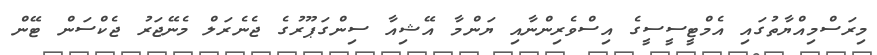
މިރަސްމިއްޔާތުގައި އެމްޓީސީސީގެ އިސްވެރިންނާއި ޔަންމާ އޭޝިއާ ސިންގަޕޫރުގެ ޖެނެރަލް މެނޭޖަރު ޖެކްސަން ޓޭން